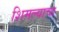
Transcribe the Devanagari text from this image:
शिमल्याचा